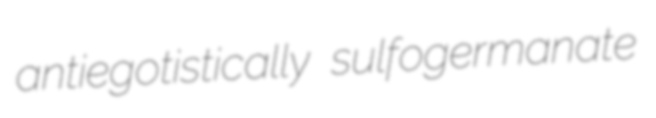
antiegotistically sulfogermanate